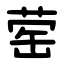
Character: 䓨